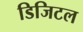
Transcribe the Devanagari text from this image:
डिजिटल